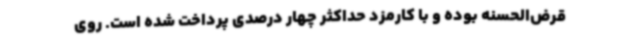
قرض‌الحسنه بوده و با کارمزد حداکثر چهار درصدی پرداخت شده است. روی